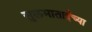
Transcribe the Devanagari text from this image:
सुलभाताईंच्या